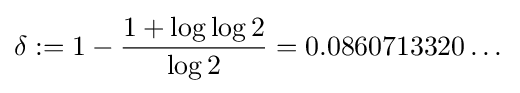
\delta :=1-{\frac {1+\log \log 2}{\log 2}}=0.0860713320\dots